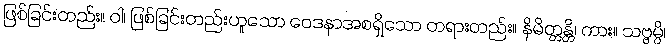
ဖြစ်ခြင်းတည်း။ ဝါ၊ ဖြစ်ခြင်းတည်းဟူသော ဝေဒနာအစရှိသော တရားတည်း။ နိမိတ္တန္တိ၊ ကား။ သဗ္ဗမ္ပိ၊